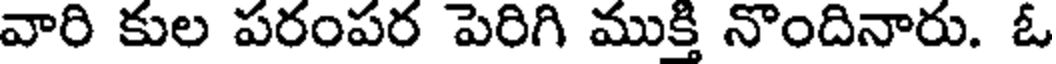
వారి కుల పరంపర పెరిగి ముక్తి నొందినారు. ఓ